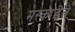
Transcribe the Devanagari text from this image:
मस्काडेले